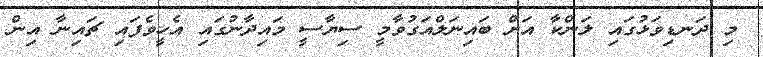
މި ދަނޑިވަޅުގައި ލަންކާ އަށް ބައިނަލްއަގުވާމީ ސިޔާސީ މައިދާނުގައި އެހީވެފައި ޗައިނާ އިން